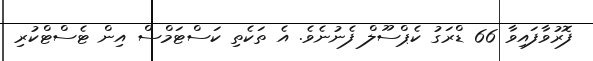
ފޮރުވާފައިވާ 66 ޑްރަގު ކެޕްސޫލް ފެނުނެވެ. އެ ތަކެތި ކަސްޓަމްސް އިން ޓެސްޓްކުރި